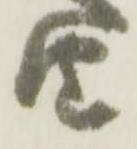
由